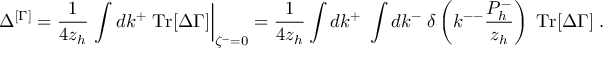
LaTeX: \Delta ^ { [ \Gamma ] } = \frac { 1 } { 4 z _ { h } } \left. \int d k ^ { + } \; \mathrm { T r } [ \Delta \Gamma ] \right| _ { \zeta ^ { - } = 0 } = \frac { 1 } { 4 z _ { h } } \int d k ^ { + } \; \int d k ^ { - } \; \delta \left( k ^ { -- } \frac { P _ { h } ^ { - } } { z _ { h } } \right) \; \mathrm { T r } [ \Delta \Gamma ] \; .